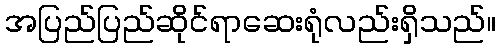
အပြည်ပြည်ဆိုင်ရာဆေးရုံလည်းရှိသည်။